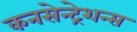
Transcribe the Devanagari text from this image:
कनसेन्ट्रेशन्स